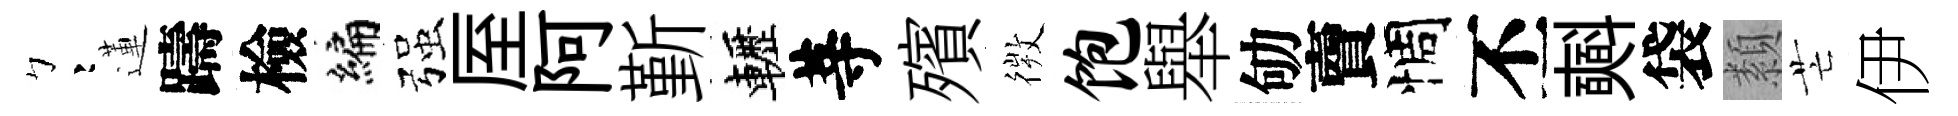
彎蓮躊檢编强厔阿斳轣䓁殯𢕄饱舉劬𧶠惆丕𣂏袋纇芒伊